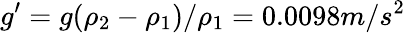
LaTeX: g^{\prime}=g(\rho_{2}-\rho_{1})/\rho_{1}=0.0098m/s^{2}